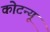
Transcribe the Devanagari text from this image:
कोटन्यू